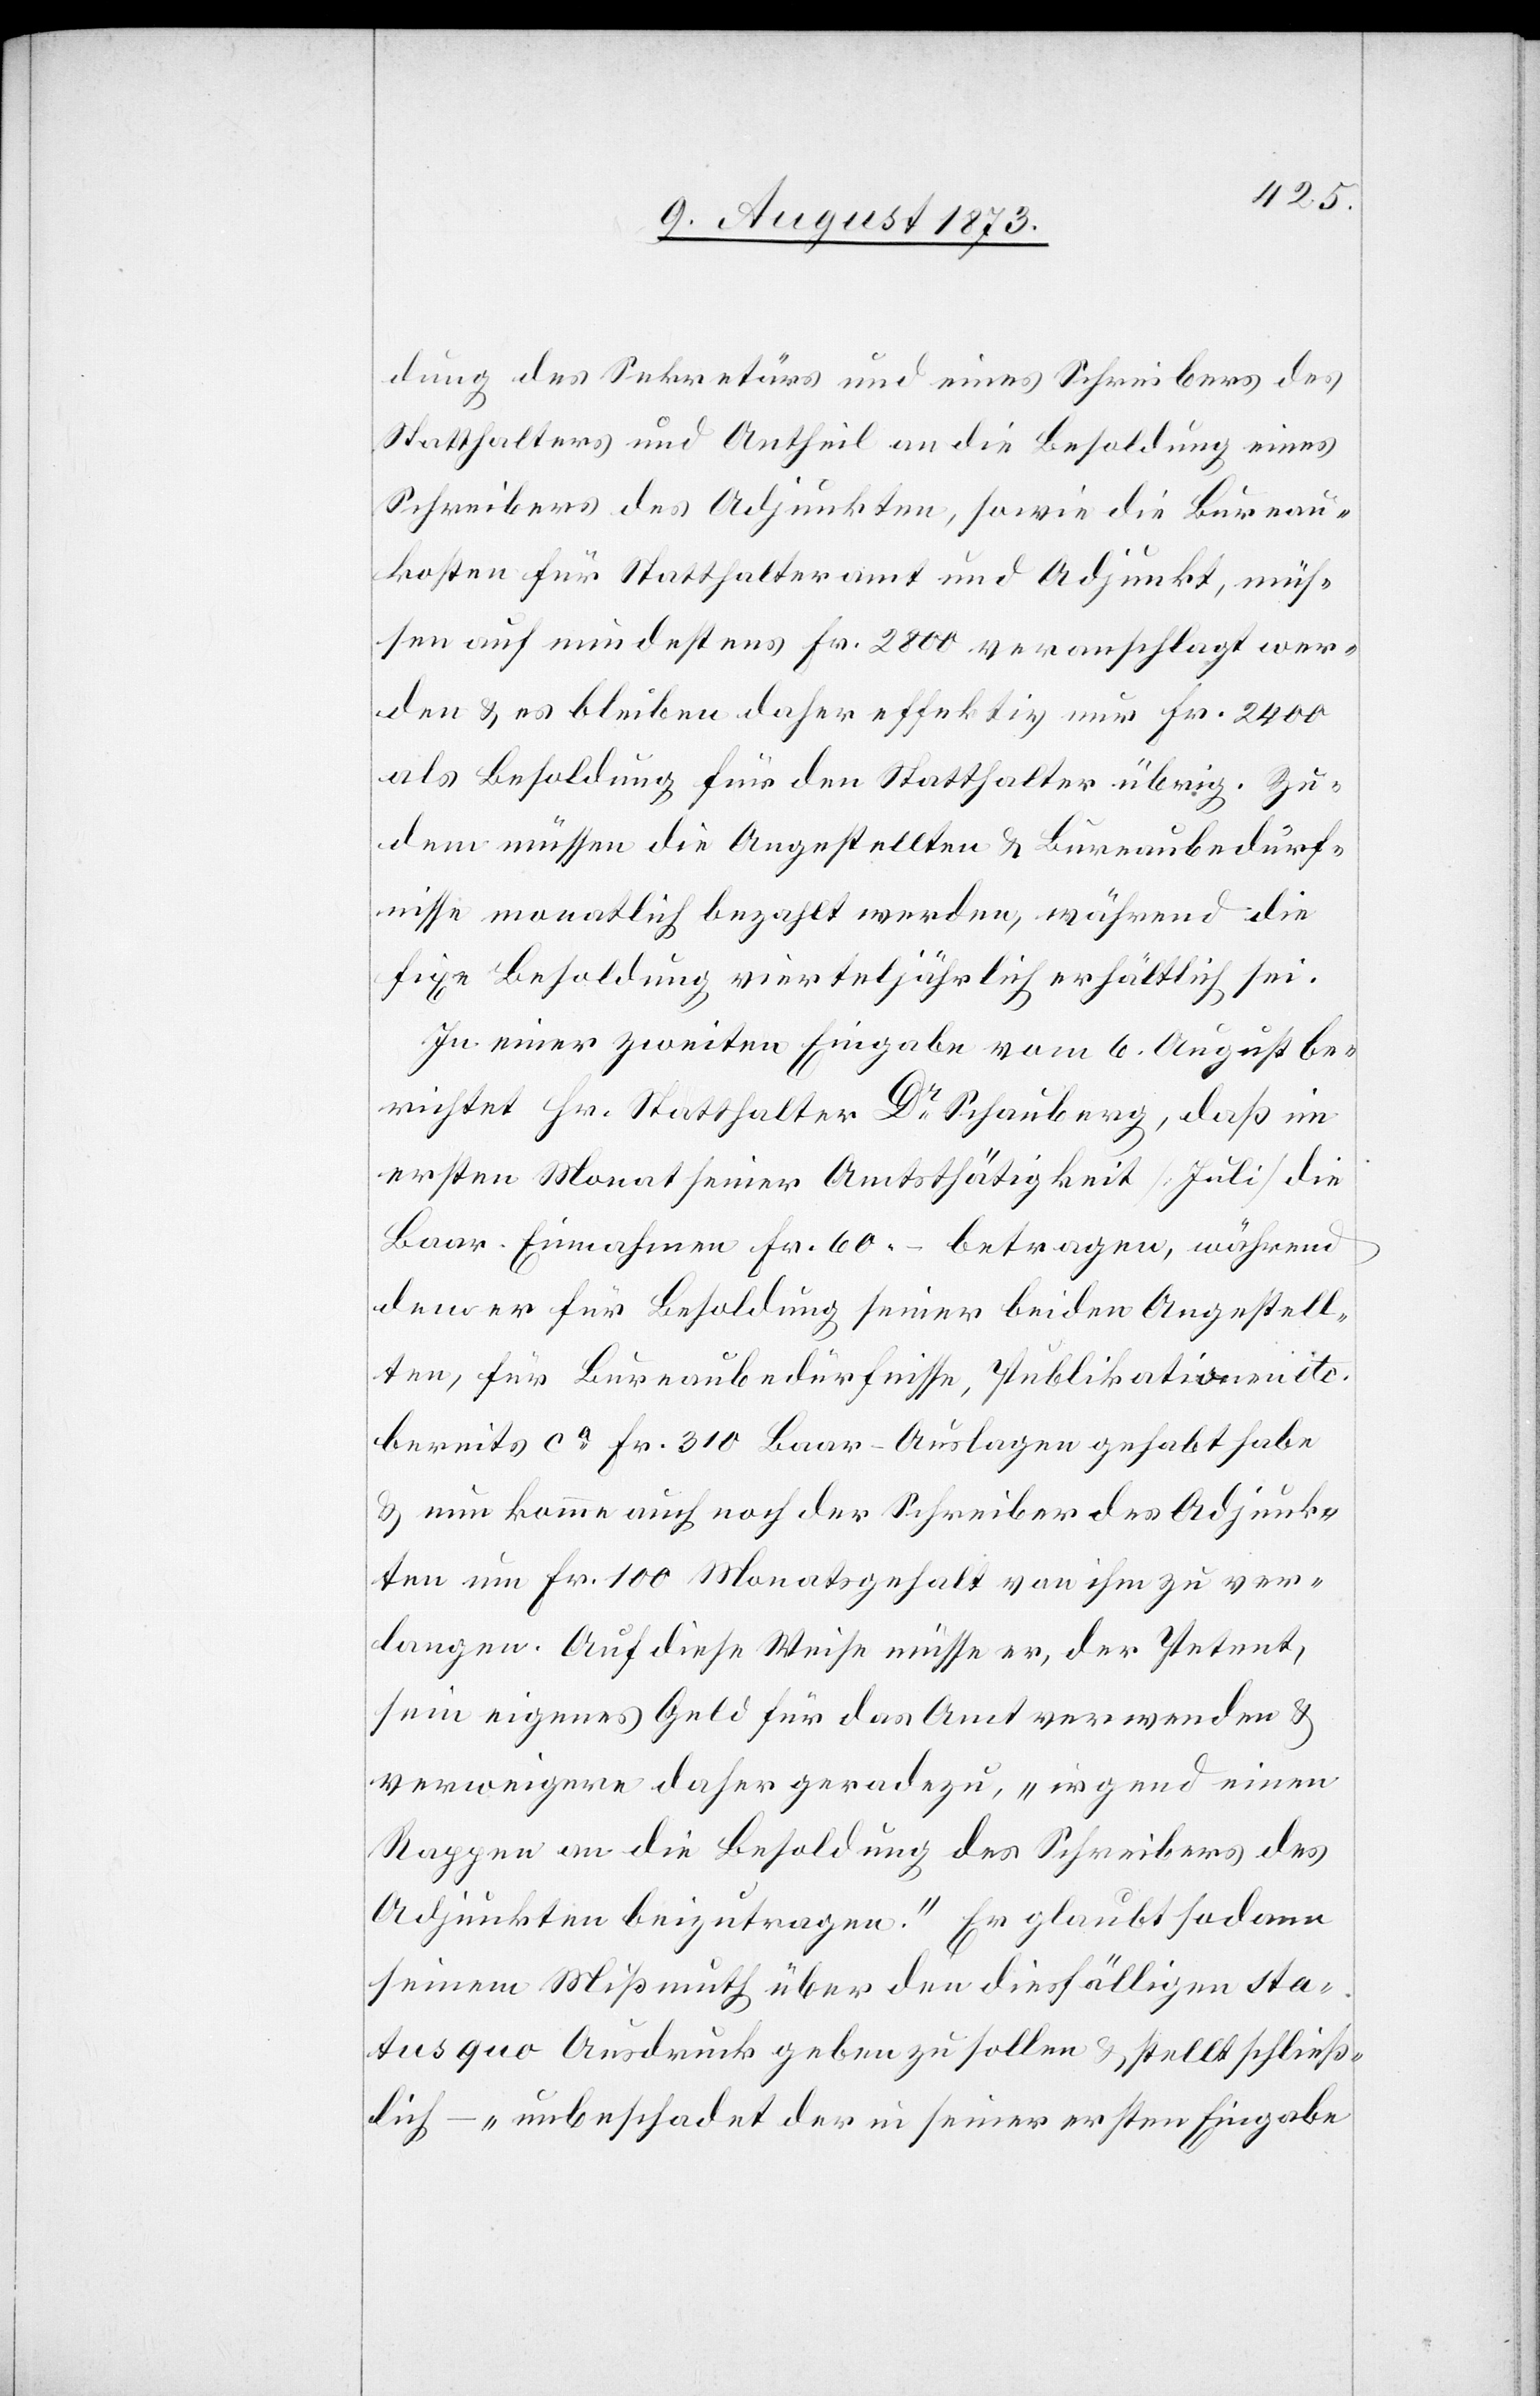
dung des Sekretärs und eines Schreibers des
Statthalters und Antheil an die Besoldung eines
Schreibers des Adjunkten, sowie die Bureau¬
kosten für Statthalteramt und Adjunkt, müs¬
sen auf mindestens Fr. 2 800 veranschlagt wer¬
den & es bleiben daher effektiv nur Fr. 2 400
als Besoldung für den Statthalter übrig. Zu¬
dem müssen die Angestellten & Bureaubedürf¬
nisse monatlich bezahlt werden, während die
fixe Besoldung vierteljährlich erhältlich sei.
In einer zweiten Eingabe vom 6. August be¬
richtet Hr. Statthalter Dr Schauberg, daß im
ersten Monat seiner Amtsthätigkeit [Juli] die
Baar-Einnahmen Fr. 60 – betragen, während
dem er für Besoldung seiner beiden Angestell¬
ten, für Bureaubedürfnisse, Publikationen etc.
bereits ca Fr. 310 Baar-Auslagen gehabt habe
& nun komme auch noch der Schreiber des Adjunk¬
ten um Fr. 100 Monatsgehalt von ihm zu ver¬
langen. Auf diese Weise müsse er, der Petent,
sein eigenes Geld für das Amt verwenden &
verweigere daher geradezu, „irgend einen
Rappen an die Besoldung des Schreibers des
Adjunkten beizutragen.“ Er glaubt sodann
seinem Mißmuth über den diesfälligen sta¬
tus quo Ausdruck geben zu sollen & stellt schließ¬
lich – „unbeschadet der in seiner ersten Eingabe